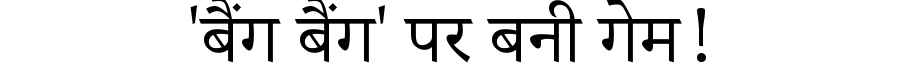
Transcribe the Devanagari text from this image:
'बैंग बैंग' पर बनी गेम!